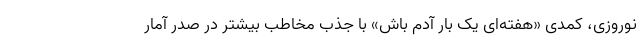
نوروزی، کمدی «هفته‌ای یک بار آدم باش» با جذب مخاطب بیشتر در صدر آمار